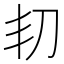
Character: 㓞